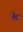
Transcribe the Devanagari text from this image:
वेद्न